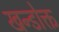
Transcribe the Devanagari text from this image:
खन्डोक्त